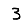
Digit: 3